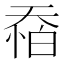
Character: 𱘶